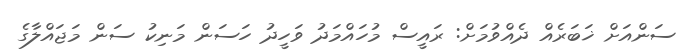
ސަންއަށް ޚަބަރެއް ދެއްވުމަށް: ރައީސް މުހައްމަދު ވަހީދު ހަސަން މަނިކު ސަން މަޖައްލާގެ